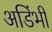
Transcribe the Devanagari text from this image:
अडिंभी